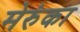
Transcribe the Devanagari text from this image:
मेरुंका